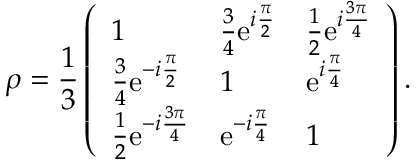
\rho = \frac { 1 } { 3 } \left( \begin{array} { l l l } { 1 } & { \frac { 3 } { 4 } \mathrm { e } ^ { i \frac { \pi } { 2 } } } & { \frac { 1 } { 2 } \mathrm { e } ^ { i \frac { 3 \pi } { 4 } } } \\ { \frac { 3 } { 4 } \mathrm { e } ^ { - i \frac { \pi } { 2 } } } & { 1 } & { \mathrm { e } ^ { i \frac { \pi } { 4 } } } \\ { \frac { 1 } { 2 } \mathrm { e } ^ { - i \frac { 3 \pi } { 4 } } } & { \mathrm { e } ^ { - i \frac { \pi } { 4 } } } & { 1 } \end{array} \right) .